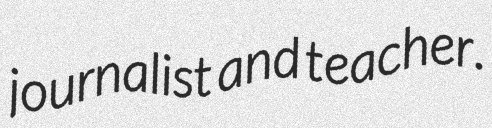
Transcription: journalist and teacher.